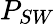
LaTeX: P_{SW}